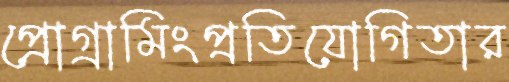
প্রোগ্রামিংপ্রতিযোগিতার